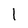
Character: 1